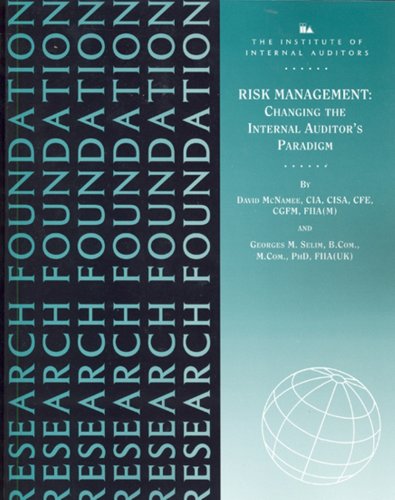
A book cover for Risk Management: Changing the Internal Auditor's Paradigm; Georges M. Selim; Business & Money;